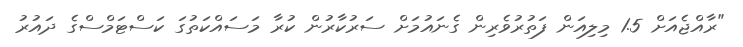
"ރާއްޖެއަށް 1.5 މިލިއަން ފަތުރުވެރިން ގެނައުމަށް ސަރުކާރުން ކުރާ މަސައްކަތުގަ ކަސްޓަމްސްގެ ދައުރު